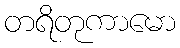
တရိတုကာမော